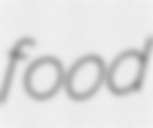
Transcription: food